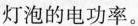
灯泡的电功率。